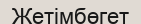
Жетімбөгет